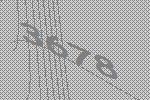
3678